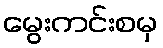
မွေးကင်းစမှ